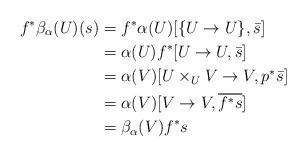
LaTeX: \begin{align*}f^*\beta_\alpha(U)(s) &= f^*\alpha(U)[\{U\rightarrow U\},\bar s] \\&= \alpha(U)f^*[U\rightarrow U,\bar s]\\&= \alpha(V)[U\times_U V \rightarrow V, p^*\bar s]\\&= \alpha(V)[V\rightarrow V,\overline{f^*s}]\\&= \beta_\alpha(V)f^*s\end{align*}